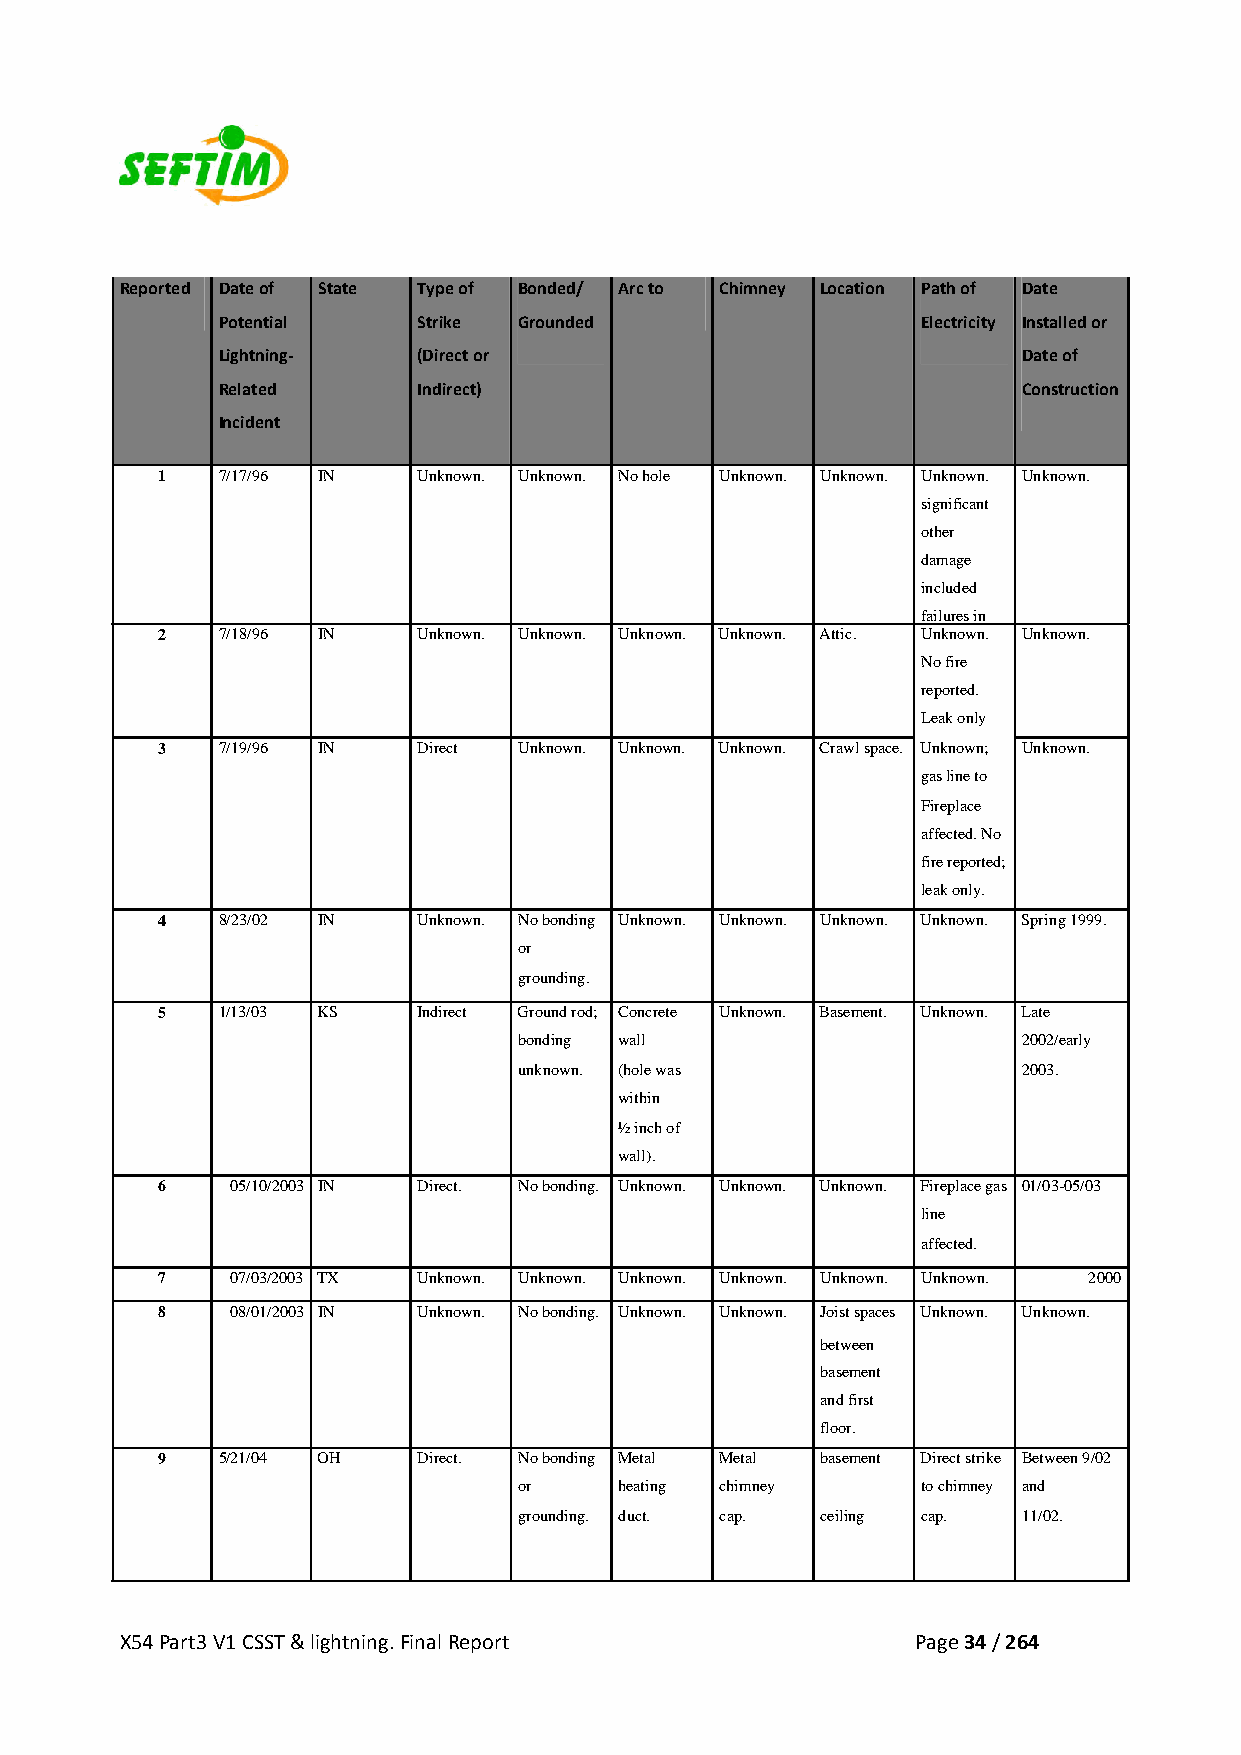
Reported Date of State Type of Bonded/ Arc to Chimney Location Path of Date
 Potential     Strike Grounded                  Electricity Installed or
 Lightning‐    (Direct or                              Date of
 Related       Indirect)                               Construction
 Incident
 1   7/17/96 IN    Unknown. Unknown. No hole Unknown. Unknown. Unknown. Unknown.
 significant
 other
 damage
 included
 failures in
 2   7/18/96 IN    Unknown. Unknown. Unknown. Unknown. Attic. Unknown. Unknown.
 No fire
 reported.
 Leak only
 3   7/19/96 IN    Direct Unknown. Unknown. Unknown. Crawl space. Unknown; Unknown.
 gas line to
 Fireplace
 affected. No
 fire reported;
 leak only.
 4   8/23/02 IN    Unknown. No bonding Unknown. Unknown. Unknown. Unknown. Spring 1999.
 or
 grounding.
 5   1/13/03 KS    Indirect Ground rod; Concrete Unknown. Basement. Unknown. Late
 bonding wall                      2002/early
 unknown. (hole was                2003.
 within
 ½ inch of
 wall).
 6    05/10/2003 IN Direct. No bonding. Unknown. Unknown. Unknown. Fireplace gas 01/03-05/03
 line
 affected.
 7    07/03/2003 TX Unknown. Unknown. Unknown. Unknown. Unknown. Unknown. 2000
 8    08/01/2003 IN Unknown. No bonding. Unknown. Unknown. Joist spaces Unknown. Unknown.
 between
 basement
 and first
 floor.
 9   5/21/04 OH    Direct. No bonding Metal Metal basement Direct strike Between 9/02
 or     heating chimney     to chimney and
 grounding. duct. cap. ceiling cap. 11/02.
 X54 Part3 V1 CSST & lightning. Final Report          Page 34 / 264